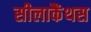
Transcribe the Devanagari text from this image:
सीलाकैंथस